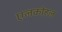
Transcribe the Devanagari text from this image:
एलकोहल